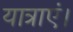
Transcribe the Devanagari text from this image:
यात्राएं।